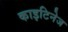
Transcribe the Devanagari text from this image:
काइटिनेज